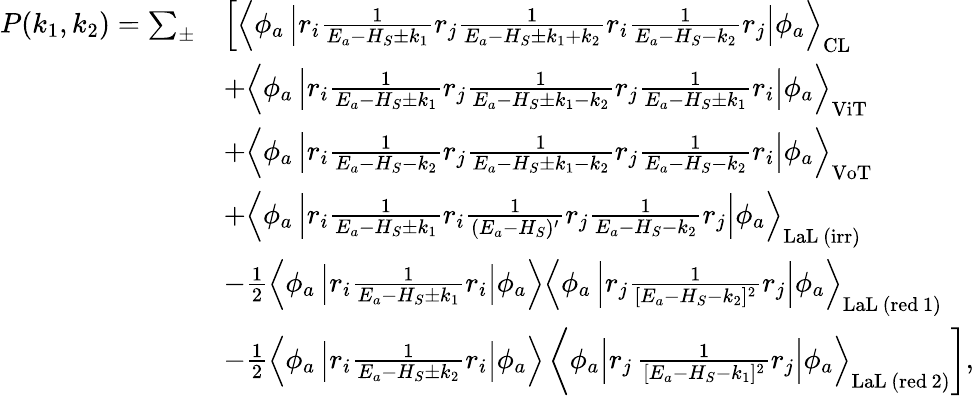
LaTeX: \begin{array}{rl}{P(k_{1},k_{2})=\sum_{\pm}}&{\left[\left\langle\phi_{a}\left|r_{i}\frac{1}{E_{a}-H_{S}\pm k_{1}}r_{j}\frac{1}{E_{a}-H_{S}\pm k_{1}+k_{2}}r_{i}\frac{1}{E_{a}-H_{S}-k_{2}}r_{j}\right|\phi_{a}\right\rangle_{\mathrm{CL}}\right.}\\ &{+\left\langle\phi_{a}\left|r_{i}\frac{1}{E_{a}-H_{S}\pm k_{1}}r_{j}\frac{1}{E_{a}-H_{S}\pm k_{1}-k_{2}}r_{j}\frac{1}{E_{a}-H_{S}\pm k_{1}}r_{i}\right|\phi_{a}\right\rangle_{\mathrm{ViT}}}\\ &{+\left\langle\phi_{a}\left|r_{i}\frac{1}{E_{a}-H_{S}-k_{2}}r_{j}\frac{1}{E_{a}-H_{S}\pm k_{1}-k_{2}}r_{j}\frac{1}{E_{a}-H_{S}-k_{2}}r_{i}\right|\phi_{a}\right\rangle_{\mathrm{VoT}}}\\ &{+\left\langle\phi_{a}\left|r_{i}\frac{1}{E_{a}-H_{S}\pm k_{1}}r_{i}\frac{1}{(E_{a}-H_{S})^{\prime}}r_{j}\frac{1}{E_{a}-H_{S}-k_{2}}r_{j}\right|\phi_{a}\right\rangle_{\mathrm{LaL\, (irr)}}}\\ &{-\frac{1}{2}\left\langle\phi_{a}\left|r_{i}\frac{1}{E_{a}-H_{S}\pm k_{1}}r_{i}\right|\phi_{a}\right\rangle\left\langle\phi_{a}\left|r_{j}\frac{1}{[E_{a}-H_{S}-k_{2}]^{2}}r_{j}\right|\phi_{a}\right\rangle_{\mathrm{LaL\, (red\, 1)}}}\\ &{-\frac{1}{2}\left\langle\phi_{a}\left|r_{i}\frac{1}{E_{a}-H_{S}\pm k_{2}}r_{i}\right|\phi_{a}\right\rangle\left\langle\phi_{a}\left|r_{j}\left.\frac{1}{[E_{a}-H_{S}-k_{1}]^{2}}r_{j}\right|\phi_{a}\right\rangle_{\mathrm{LaL\, (red\, 2)}}\right],}\end{array}